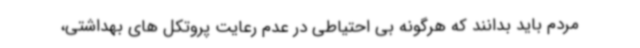
مردم باید بدانند که هرگونه بی احتیاطی در عدم رعایت پروتکل های بهداشتی،